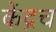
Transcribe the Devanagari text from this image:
केंद्रच